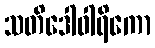
သတိဒေါဝါရိကော